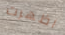
اظهرت